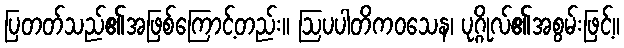
ပြတတ်သည်၏အဖြစ်ကြောင့်တည်း။ ဩပပါတိကဝသေန၊ ပုဂ္ဂိုလ်၏အစွမ်းဖြင့်။